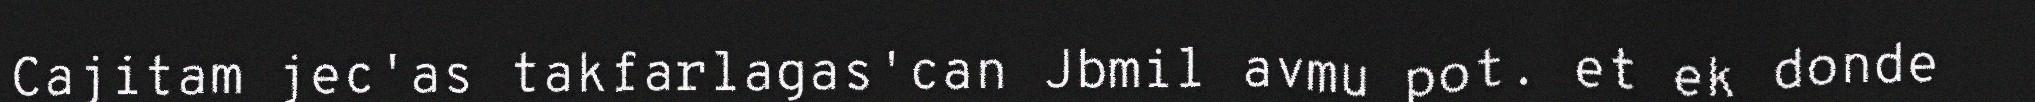
Cajitam jec'as takfarlagas'can Jbmil avmu pot. et ek donde